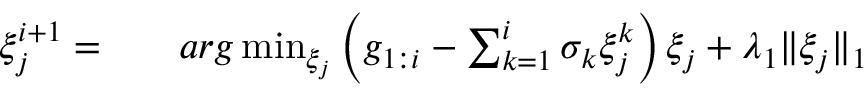
\begin{array} { r l r } { \xi _ { j } ^ { i + 1 } = } & { { } } & { a r g \operatorname* { m i n } _ { \xi _ { j } } \left( g _ { 1 : i } - \sum _ { k = 1 } ^ { i } \sigma _ { k } \xi _ { j } ^ { k } \right) \xi _ { j } + \lambda _ { 1 } \| \xi _ { j } \| _ { 1 } } \end{array}